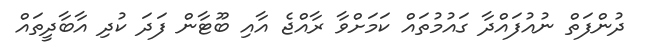
ދުންފަތް ނުއުފައްދާ ގައުމުތައް ކަމަށްވާ ރާއްޖެ އާއި ބޫޓާން ފަދަ ކުދި އާބާދީތައް